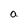
Character: l